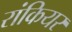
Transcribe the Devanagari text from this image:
रांकियर